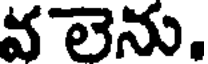
వ లెను.